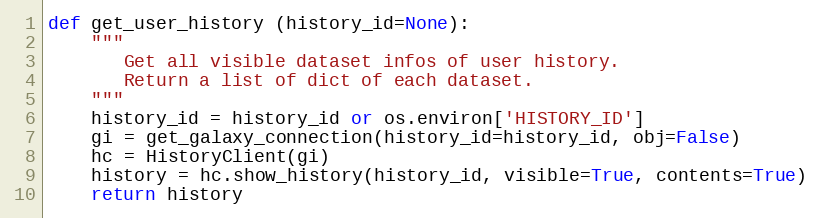
Language: Python
def get_user_history (history_id=None):
    """
       Get all visible dataset infos of user history.
       Return a list of dict of each dataset.
    """
    history_id = history_id or os.environ['HISTORY_ID']
    gi = get_galaxy_connection(history_id=history_id, obj=False)
    hc = HistoryClient(gi)
    history = hc.show_history(history_id, visible=True, contents=True)
    return history